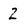
Character: 2